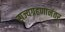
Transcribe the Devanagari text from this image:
राज्यग्रहणानंतर